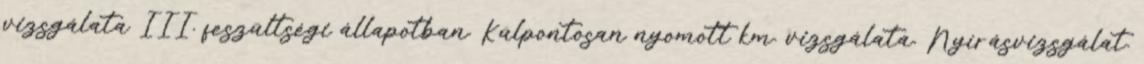
vizsgálata III. feszültségi állapotban. Külpontosan nyomott km. vizsgálata. Nyírásvizsgálat.